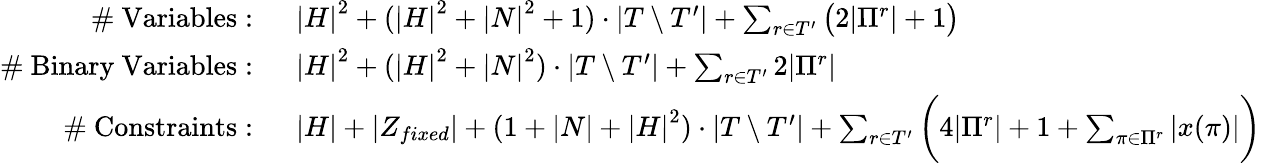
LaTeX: \begin{array}{rl}{\mathrm{\# ~Variables:~}}&{{|H|}^{2}+({|H|}^{2}+{|N|}^{2}+1)\cdot|T\setminus T^{\prime}|+\sum_{r\in T^{\prime}}\big(2|\Pi^{r}|+1\big)}\\ {\mathrm{\# ~Binary~Variables:~}}&{{|H|}^{2}+({|H|}^{2}+{|N|}^{2})\cdot|T\setminus T^{\prime}|+\sum_{r\in T^{\prime}}2|\Pi^{r}|}\\ {\mathrm{\# ~Constraints:~}}&{|H|+|Z_{fixed}|+(1+|N|+{|H|}^{2})\cdot|T\setminus T^{\prime}|+\sum_{r\in T^{\prime}}\bigg(4|\Pi^{r}|+1+\sum_{\pi\in\Pi^{r}}|x(\pi)|\bigg)}\end{array}